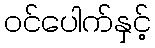
ဝင်ပေါက်နှင့်